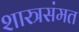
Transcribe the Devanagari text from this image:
शास्त्रसंमत